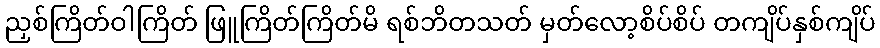
ညှစ်ကြိတ်ဝါကြိတ် ဖြူကြိတ်ကြိတ်မိ ရစ်ဘိတသတ် မှတ်လော့စိပ်စိပ် တကျိပ်နှစ်ကျိပ်